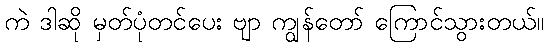
ကဲ ဒါဆို မှတ်ပုံတင်ပေး ဗျာ ကျွန်တော် ကြောင်သွားတယ်။